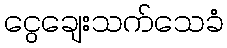
ငွေချေးသက်သေခံ